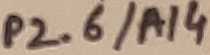
Text: P2.6/A14